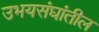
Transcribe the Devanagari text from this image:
उभयसंघांतील